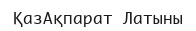
ҚазАқпарат Латыны